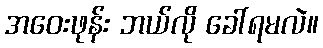
အဝေးဖုန်း ဘယ်လို ခေါ်ရမလဲ။